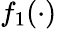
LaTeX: f_{1}(\cdot)